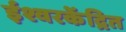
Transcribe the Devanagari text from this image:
ईश्वरकेंद्रित